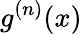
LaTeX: g^{(n)}(x)